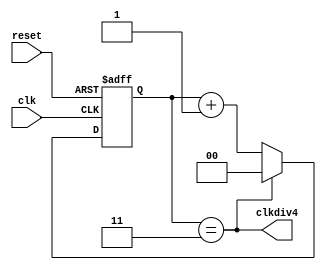
module pix_clk(clk,reset,clkdiv4);
input clk, reset;
output clkdiv4;
reg [1:0] counter;
assign clkdiv4=(counter==2'd3);
always@(posedge clk or posedge reset)
begin
    if (reset) counter<=2'd0;
    else 
    begin
        if (counter==2'd3) counter<=2'd0;   
        else        counter<=counter+1;
    end
end
endmodule